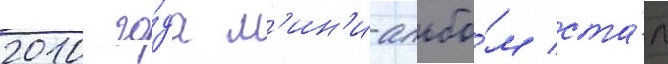
2010 го́да м'ин'и-альбо́м ста́л